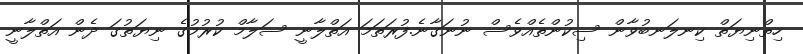
ހިތްނިޔަތް ކިނލަނބުވާން ސިކުންތެއްވެސް ނުނަގާނެ.ފުރަތަމަ އަތްލާނީ ސަލާމް ކުރުމުގެ ނިޔަތުގަ ދެން އަތްލާނީ